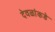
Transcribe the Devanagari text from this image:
देवळांकडे